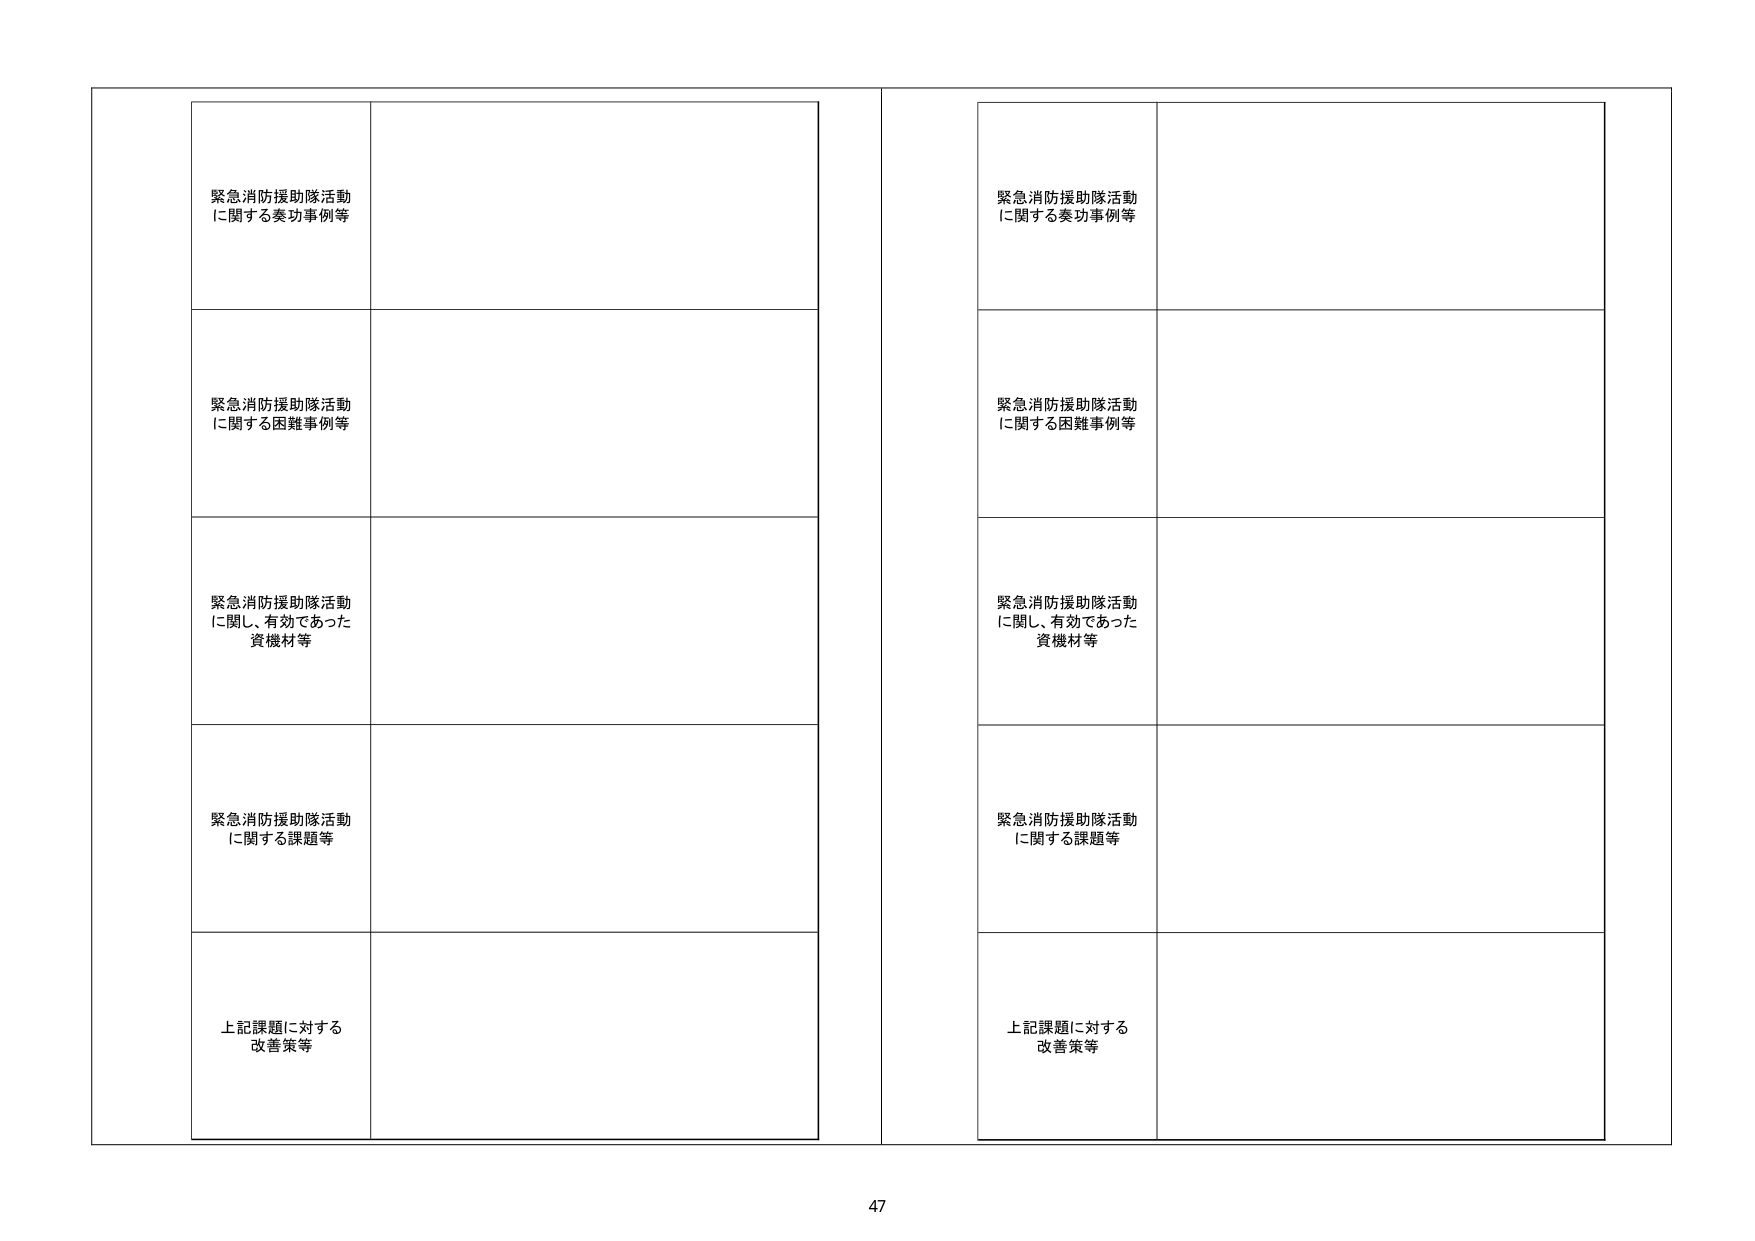
緊急消防援助隊活動
に関する奏功事例等

緊急消防援助隊活動
に関する困難事例等

緊急消防援助隊活動
に関し、有効であった
資機材等

緊急消防援助隊活動
に関する課題等

上記課題に対する
改善策等

緊急消防援助隊活動
に関する奏功事例等

緊急消防援助隊活動
に関する困難事例等

緊急消防援助隊活動
に関し、有効であった
資機材等

緊急消防援助隊活動
に関する課題等

上記課題に対する
改善策等

47